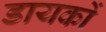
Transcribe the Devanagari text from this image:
डायकों